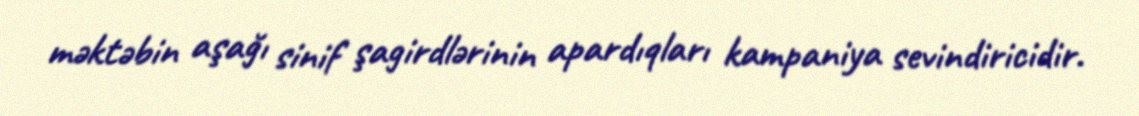
məktəbin aşağı sinif şagirdlərinin apardıqları kampaniya sevindiricidir.